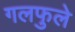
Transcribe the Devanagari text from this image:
गलफुले